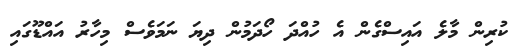
ކުރިން މާލެ އައިސްގެން އެ ހުއްދަ ހޯދަމުން ދިޔަ ނަމަވެސް މިހާރު އައްޑޫގައި